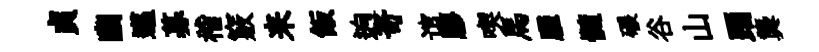
貞幽邁募稽竅来飯逈奇谊膠喫馬臞髓碾谷山踊龔